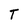
Character: T